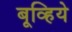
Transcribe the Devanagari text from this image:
बूव्हिये